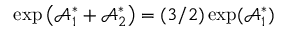
\exp \left( \mathcal { A } _ { 1 } ^ { \ast } + \mathcal { A } _ { 2 } ^ { \ast } \right) = ( 3 / 2 ) \exp ( \mathcal { A } _ { 1 } ^ { \ast } )